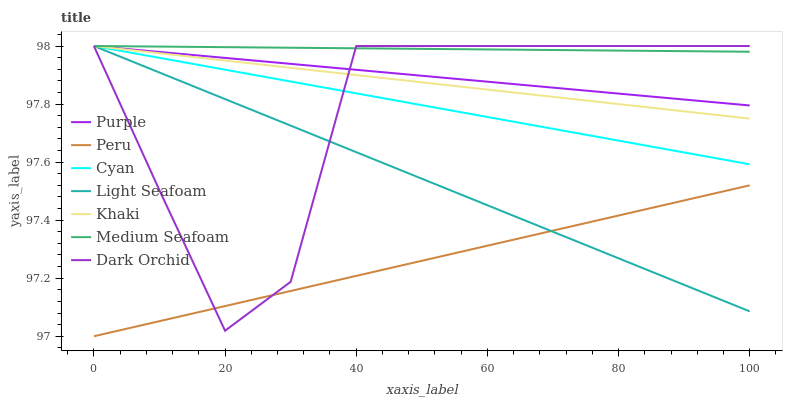
| xaxis_label | Purple | Peru | Cyan | Light Seafoam | Khaki | Medium Seafoam | Dark Orchid |
 | --- | --- | --- | --- | --- | --- | --- | --- |
 | 0 | 98 | 97 | 98 | 98 | 98 | 98 | 98 |
 | 10 | 98 | 97.1 | 98 | 97.9 | 98 | 98 | 97.5 |
 | 20 | 98 | 97.1 | 97.9 | 97.8 | 97.9 | 98 | 97 |
 | 30 | 97.9 | 97.2 | 97.9 | 97.7 | 97.9 | 98 | 97.2 |
 | 40 | 97.9 | 97.2 | 97.8 | 97.6 | 97.9 | 98 | 98 |
 | 50 | 97.9 | 97.3 | 97.8 | 97.5 | 97.9 | 98 | 98 |
 | 60 | 97.9 | 97.3 | 97.8 | 97.5 | 97.8 | 98 | 98 |
 | 70 | 97.9 | 97.4 | 97.7 | 97.4 | 97.8 | 98 | 98 |
 | 80 | 97.8 | 97.4 | 97.7 | 97.3 | 97.8 | 98 | 98 |
 | 90 | 97.8 | 97.5 | 97.6 | 97.2 | 97.8 | 98 | 98 |
 | 100 | 97.8 | 97.5 | 97.6 | 97.1 | 97.7 | 98 | 98 |